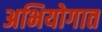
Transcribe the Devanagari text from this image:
अभियोगात